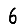
Digit: 6